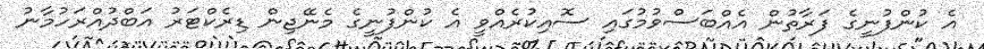
އެ ކުންފުނީގެ ފަރާތުން އެއްބަސްވުމުގައި ސޮއިކުރެއްވީ އެ ކުންފުނީގެ މެނޭޖިން ޑިރެކްޓަރު އަބްދުއްރަހުމާނު